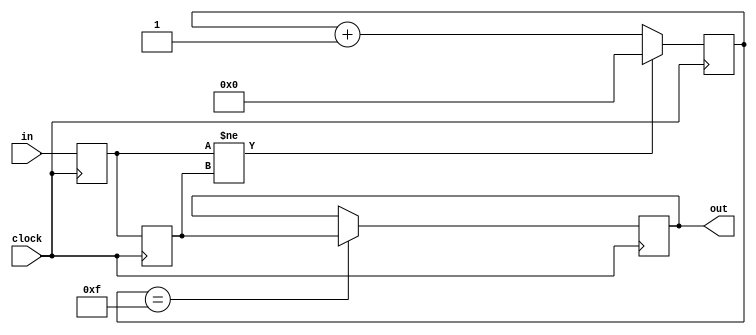
module toggle_sw_debounce #(parameter no_of_switches = 9)
	(clock,
	in,
	out);
	
input  clock;
input  [no_of_switches-1:0] in;

output reg [no_of_switches-1:0] out=0;
	
reg [3:0] counter=4'd0;	
reg [no_of_switches-1:0] temp1 = 0;
reg [no_of_switches-1:0] temp2 = 0;

always @(posedge clock)
	begin
		temp1<=in;
		temp2<=temp1;
		if(temp1!=temp2)
			begin
				counter<=4'd0;
			end
		else counter<=counter+1;
		if (counter==4'd15)
			out<=temp2;
	end 
	
endmodule